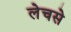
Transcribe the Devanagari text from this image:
लेचसे